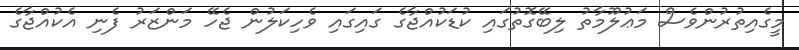
މީގެއިތުރުންވެސް މަޢުލޫމާތު ލިބޭގޮތުގައި ކުޑަކުއްޖާގެ ގައިގައި ވެހިކަލުން ޖެހޭ މަންޒަރު ފެނި އެކުއްޖާގެ